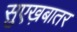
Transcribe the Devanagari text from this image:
सुएख़बातर